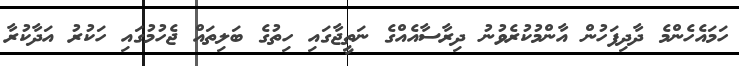
ހަމައެހެންމެ ދާދިފަހުން އާންމުކުރެވުނު ދިރާސާއެއްގެ ނަތީޖާގައި ހިތުގެ ބަލިތައް ޖެހުމުގައި ހަކުރު އަދާކުރާ